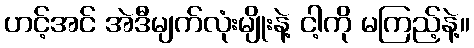
ဟင့်အင် အဲဒီမျက်လုံးမျိုးနဲ့ ငါ့ကို မကြည့်နဲ့။